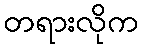
တရားလိုက